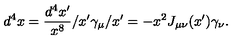
d ^ { 4 } x = \frac { d ^ { 4 } x ^ { \prime } } { x ^ { 8 } } / x ^ { \prime } \gamma _ { \mu } / x ^ { \prime } = - x ^ { 2 } J _ { \mu \nu } ( x ^ { \prime } ) \gamma _ { \nu } .